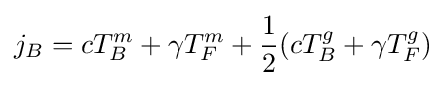
j_{B}=cT_{B}^{m}+\gamma T_{F}^{m}+{\frac {1}{2}}(cT_{B}^{g}+\gamma T_{F}^{g})